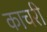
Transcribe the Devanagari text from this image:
काचरी